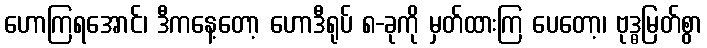
ဟောကြရအောင်၊ ဒီကနေ့တော့ ဟောဒီရုပ် ၈-ခုကို မှတ်ထားကြ ပေတော့၊ ဗုဒ္ဓမြတ်စွာ